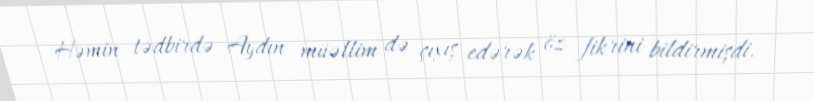
Həmin tədbirdə Aydın müəllim də çıxış edərək öz fikrini bildirmişdi.